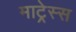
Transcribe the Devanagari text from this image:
माट्रेस्स